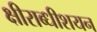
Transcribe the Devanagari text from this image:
क्षीराब्धीशयन